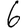
Digit: 6